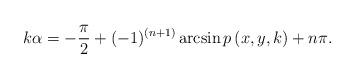
LaTeX: \begin{align*}k\alpha =-\frac{\pi }{2}+(-1)^{(n+1)}\arcsin p\left( x,y,k\right) +n\pi .\end{align*}